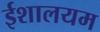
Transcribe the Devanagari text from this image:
ईशालयम